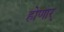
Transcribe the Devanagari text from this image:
होणार्